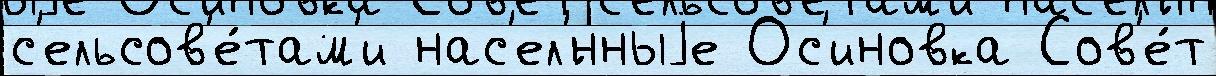
с'ельсов'е́там'и нас'ел'́нныjе Ос'иновка Сов'е́т